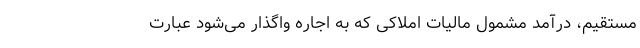
مستقیم، درآمد مشمول مالیات املاکی که به اجاره واگذار می‌شود عبارت